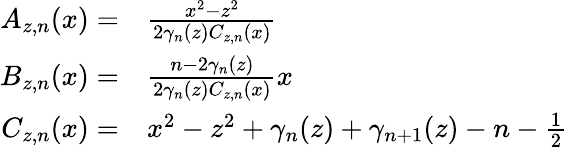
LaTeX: \begin{array}{rl}{A_{z,n}(x)=}&{\frac{x^{2}-z^{2}}{2\gamma_{n}(z)C_{z,n}(x)}}\\ {B_{z,n}(x)=}&{\frac{n-2\gamma_{n}(z)}{2\gamma_{n}(z)C_{z,n}(x)}x}\\ {C_{z,n}(x)=}&{x^{2}-z^{2}+\gamma_{n}(z)+\gamma_{n+1}(z)-n-\frac{1}{2}}\end{array}